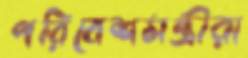
পরিবেশমন্ত্রীরা